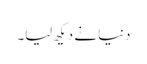
دنیا نے دیکھ لیا۔